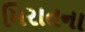
મિરાતના